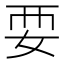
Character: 𫰗